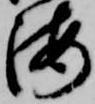
海